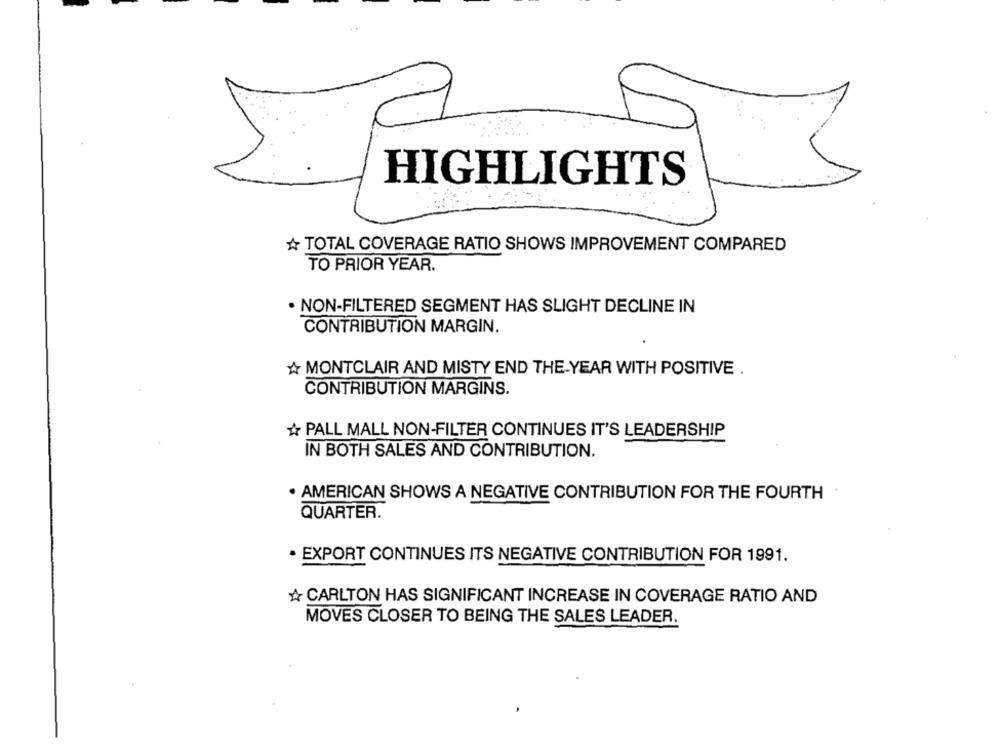
HIGHLIGHTS
A TOTAL COVERAGE RATIO SHOWS IMPROVEMENT COMPARED
TO PRIOR YEAR.
· NON-FILTERED SEGMENT HAS SLIGHT DECLINE IN
CONTRIBUTION MARGIN.
A MONTCLAIR AND MISTY END THE YEAR WITH POSITIVE .
CONTRIBUTION MARGINS.
PALL MALL NON-FILTER CONTINUES IT'S LEADERSHIP
IN BOTH SALES AND CONTRIBUTION.
. AMERICAN SHOWS A NEGATIVE CONTRIBUTION FOR THE FOURTH
QUARTER.
· EXPORT CONTINUES ITS NEGATIVE CONTRIBUTION FOR 1991.
CARLTON HAS SIGNIFICANT INCREASE IN COVERAGE RATIO AND
MOVES CLOSER TO BEING THE SALES LEADER.